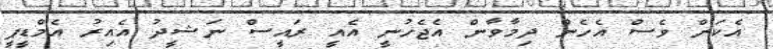
އެކަން ވެސް އެހެން ދިމާވާން އެޖެހުނީ އެއީ ރައީސް ނަޝީދު އެއިރު އެމްޑީޕީ